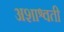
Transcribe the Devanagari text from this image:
अशाश्वती